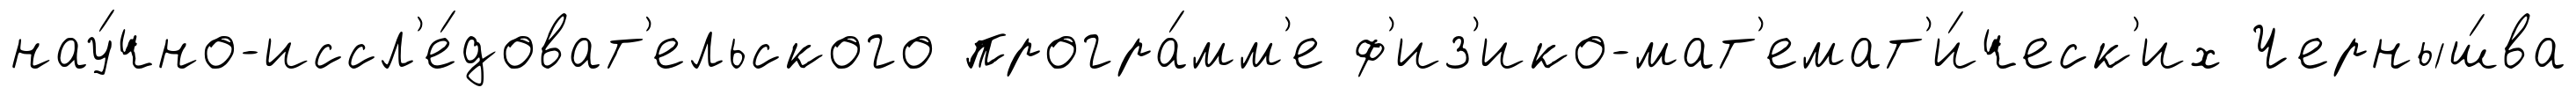
нау́чно-иссл'е́доват'ельского програ́мм'е ф'из'ико-мат'емат'и́ческ'их Черныш́ва